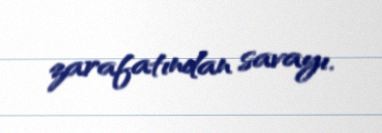
zarafatından savayı.